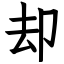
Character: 却